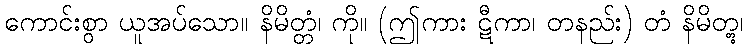
ကောင်းစွာ ယူအပ်သော။ နိမိတ္တံ၊ ကို။ (ဤကား ဋီကာ၊ တနည်း) တံ နိမိတ္တွ၊